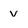
Character: v